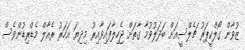
ޒުވާން ގޯލްކީޕަރު ޗެލްސީއަށް ބަދަލުވުމާ ގާތަށް ޖެހިލާފައިވާއިރު މިދިޔަ އަހަރު ރެއާލް މެޑްރިޑުންވެސް